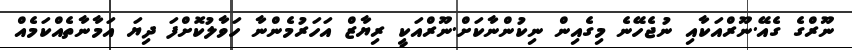
ނޫރްގެ ގެއޭ.ނޫރްއަކާއި ނުޖެހޭނެ މިގެއިން ނިކުންނާކަށް.ނޫރްއަކީ ރިޔާޒް އަހަރުމެންނާ ހަވާލުކޮށްފަ ދިޔަ އަމާނާތެއްކަމެއް